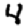
Digit: 4